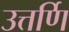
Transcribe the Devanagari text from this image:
उत्तर्णि